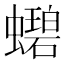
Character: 𬠲